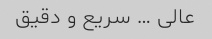
عالی … سریع و دقیق